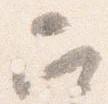
召